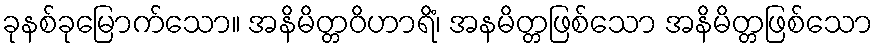
ခုနစ်ခုမြောက်သော။ အနိမိတ္တဝိဟာရိံ၊ အနမိတ္တဖြစ်သော အနိမိတ္တဖြစ်သော